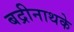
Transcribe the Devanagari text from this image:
बद्रीनाथके